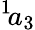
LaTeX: ^{1}\! a_{3}